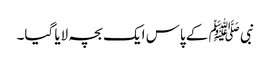
نبی ﷺ کے پاس ایک بچہ لایا گیا۔